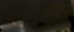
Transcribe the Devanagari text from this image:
तॉर्तिया